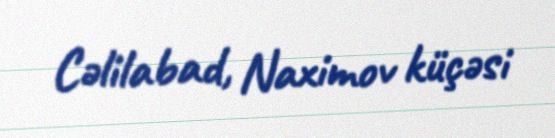
Cəlilabad, Naximov küçəsi